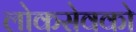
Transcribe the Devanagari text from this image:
लोकसेवको